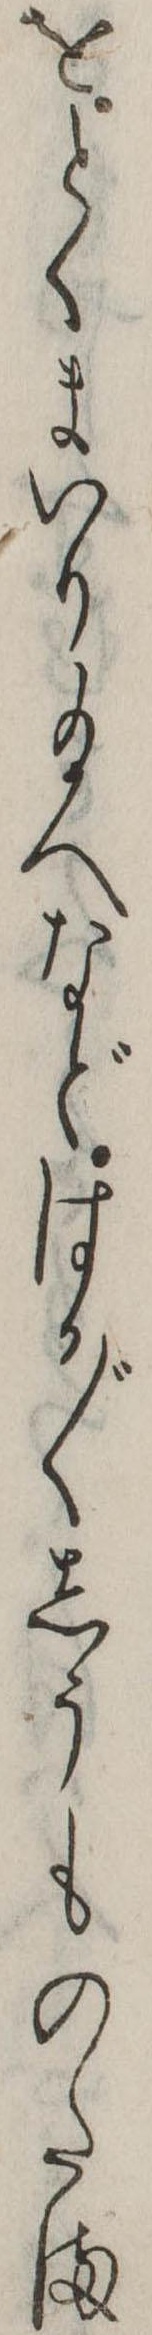
をとくまいり給へなどはか〲しうものたま